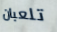
تلعبان